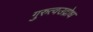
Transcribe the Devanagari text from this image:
गुरुत्वउद्रोध